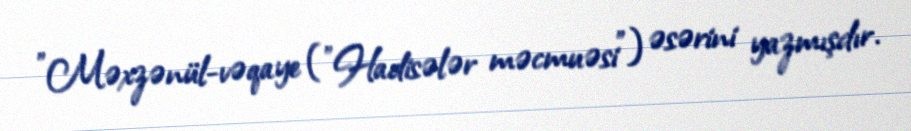
"Məxzənül-vəqaye ("Hadisələr məcmuəsi") əsərini yazmışdır.